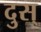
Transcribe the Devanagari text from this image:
दुस्‌